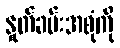
နှုတ်ခမ်းအစုံကို